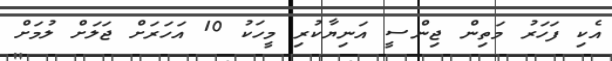
އެކި ފަހަރު މަތިން ޖިންސީ އަނިޔާކުރި މީހަކު 10 އަހަރަށް ޖަލަށް ލުމަށް